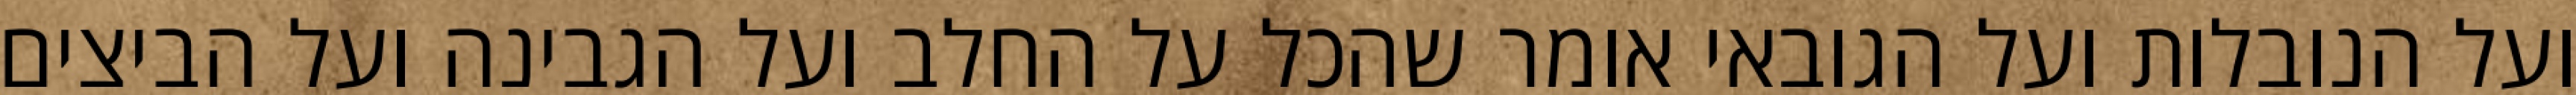
ועל הנובלות ועל הגובאי אומר שהכל על החלב ועל הגבינה ועל הביצים